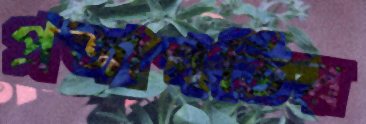
প্রজাপতির